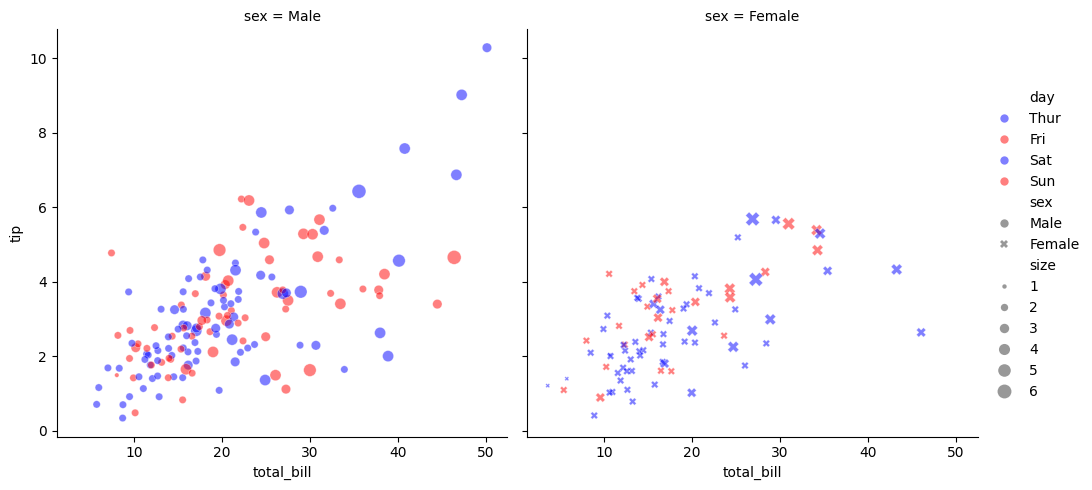
python, seaborn, relplot, alpha=0.5